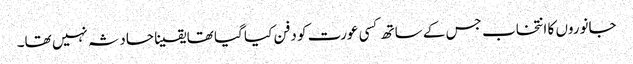
جانوروں کا انتخاب جس کے ساتھ کسی عورت کو دفن کیا گیا تھا یقینا حادثہ نہیں تھا۔